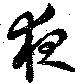
夜